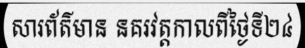
សារព័ត៌មាន នគរវត្តកាលពីថ្ងៃទី២៤